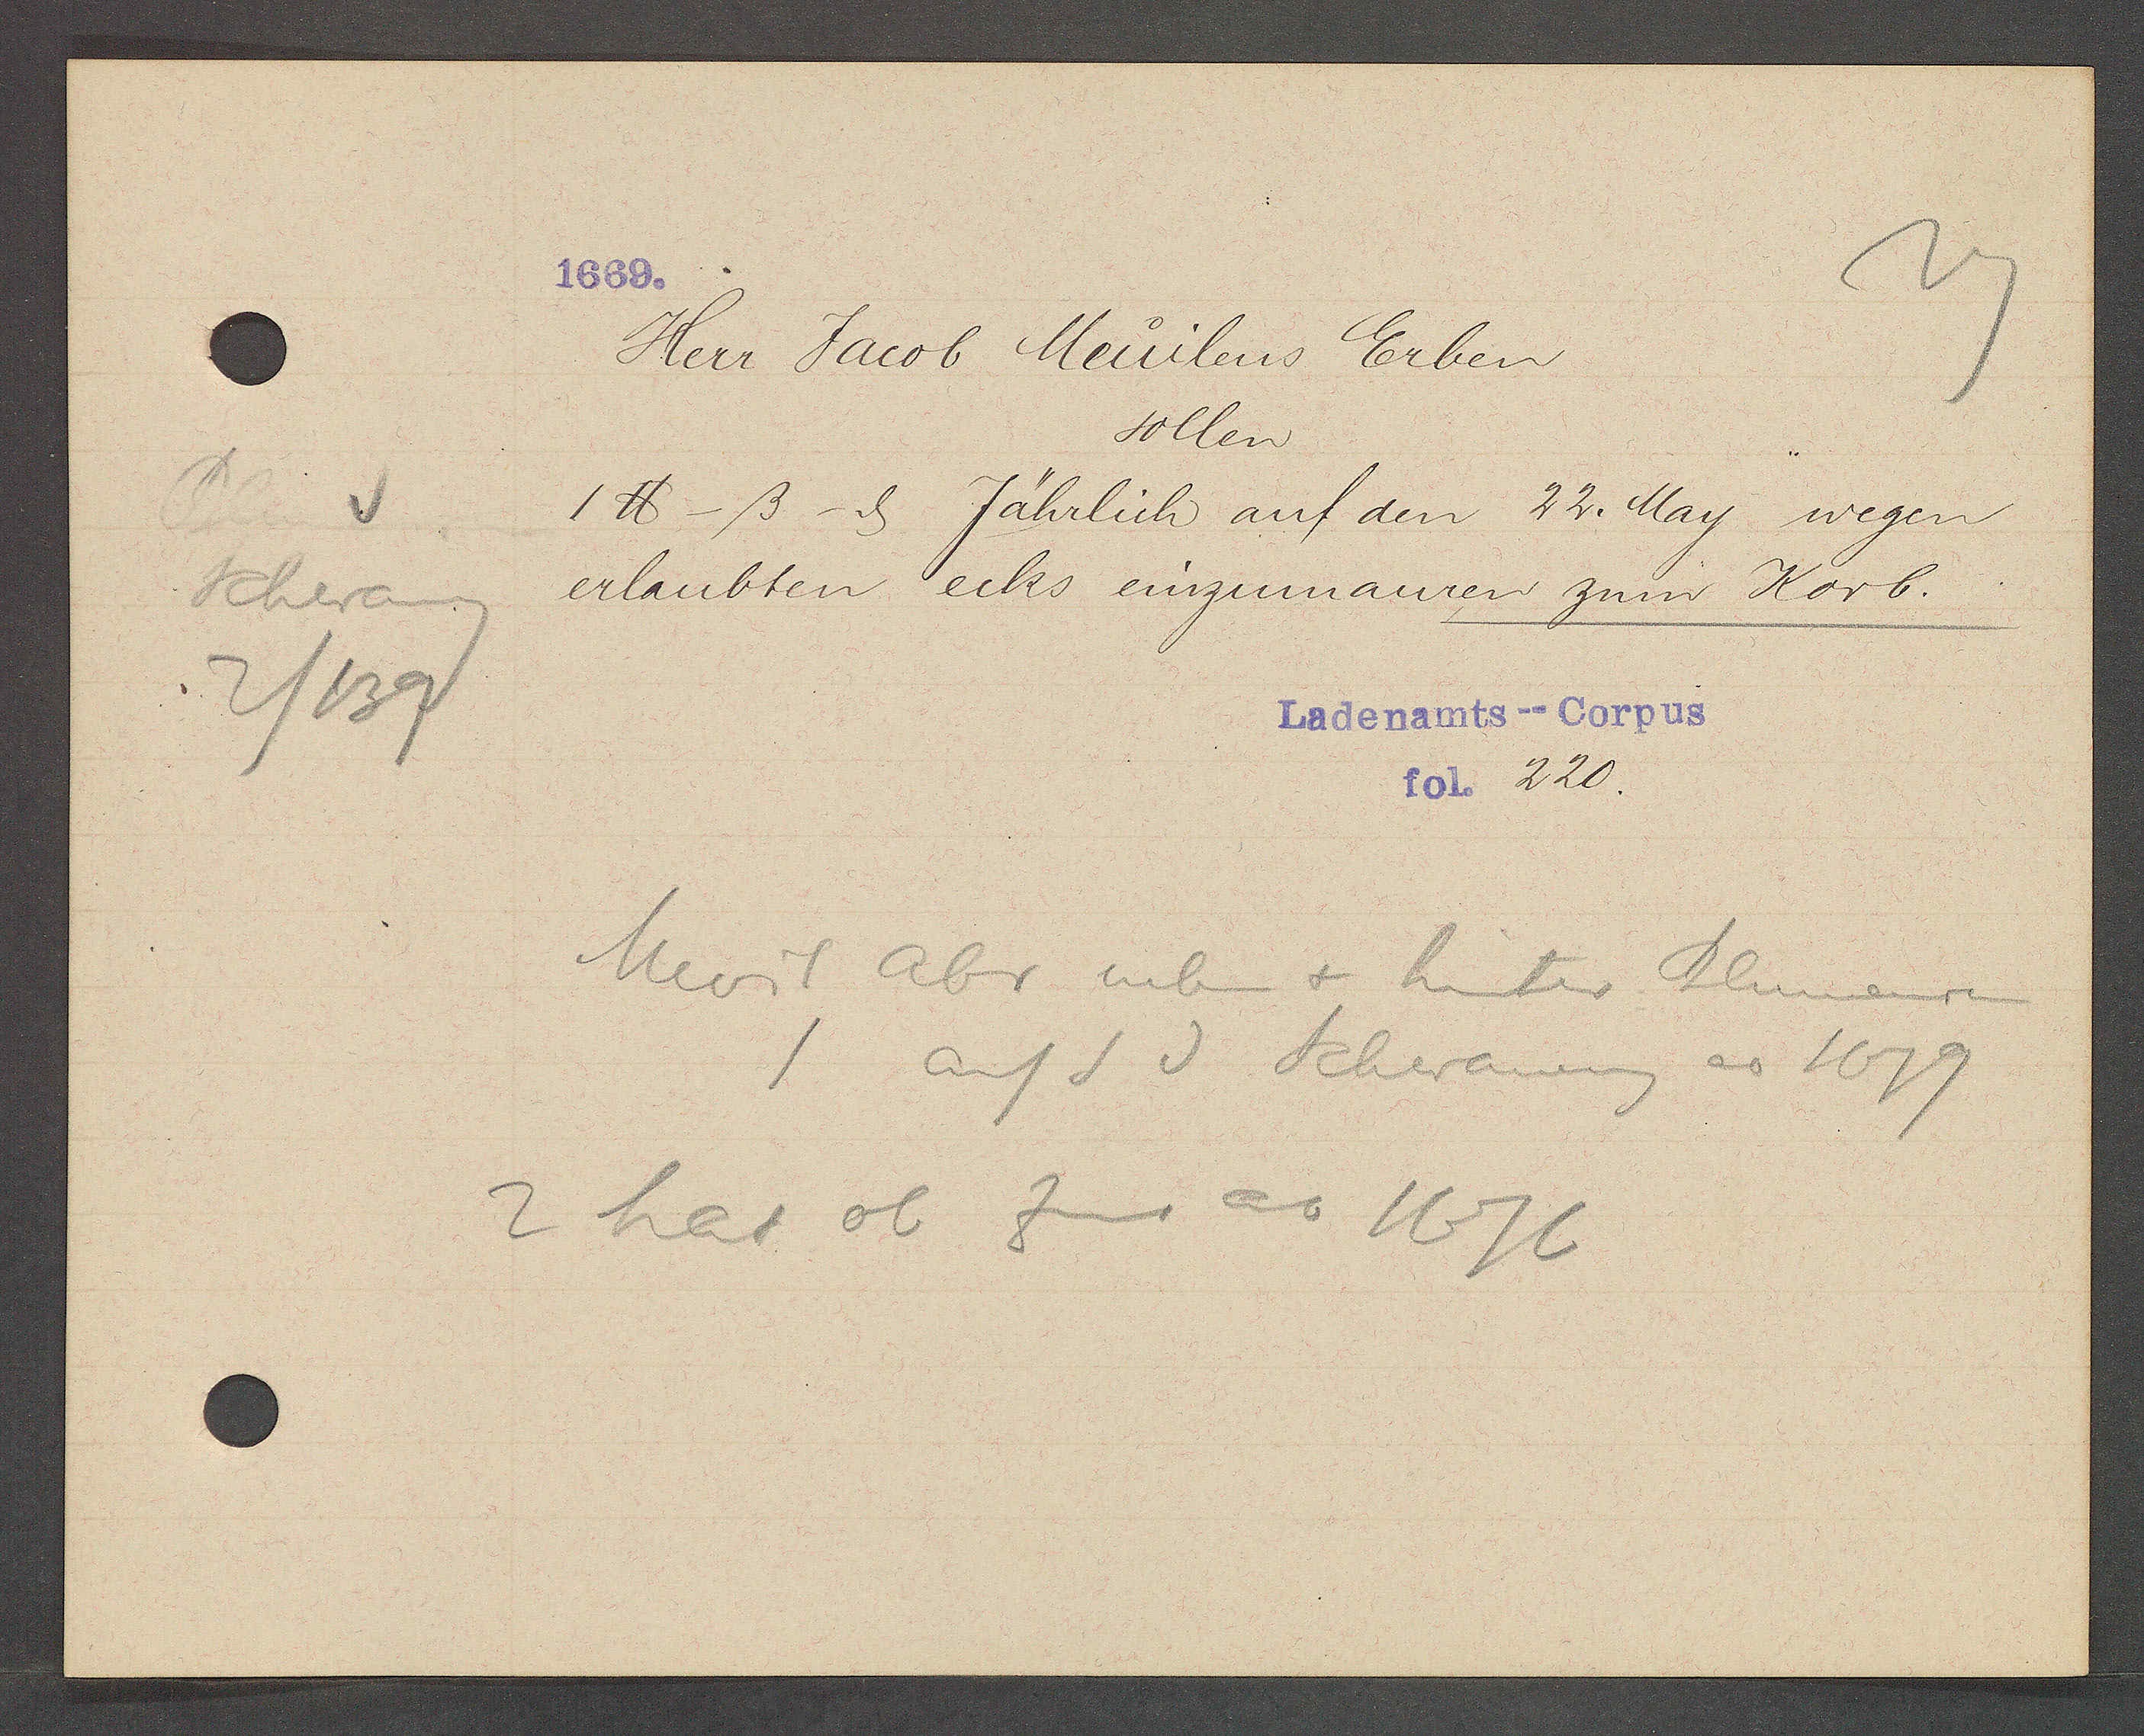
Transcript:
Schwaneng
2/139

1669.

Herr Jacob Meuilens Erben
sollen
1℔ -ß- ȡ Jährlich auf den 22. May wegen
erlaubten ecks einzumauren zum Korb.

Ladenamts--Corpus
fol. 220.

Mevil abr neben & hinter Blumenrain
auf S d. Schwaneng ao 1679
2 hat ob Zins ao 1676